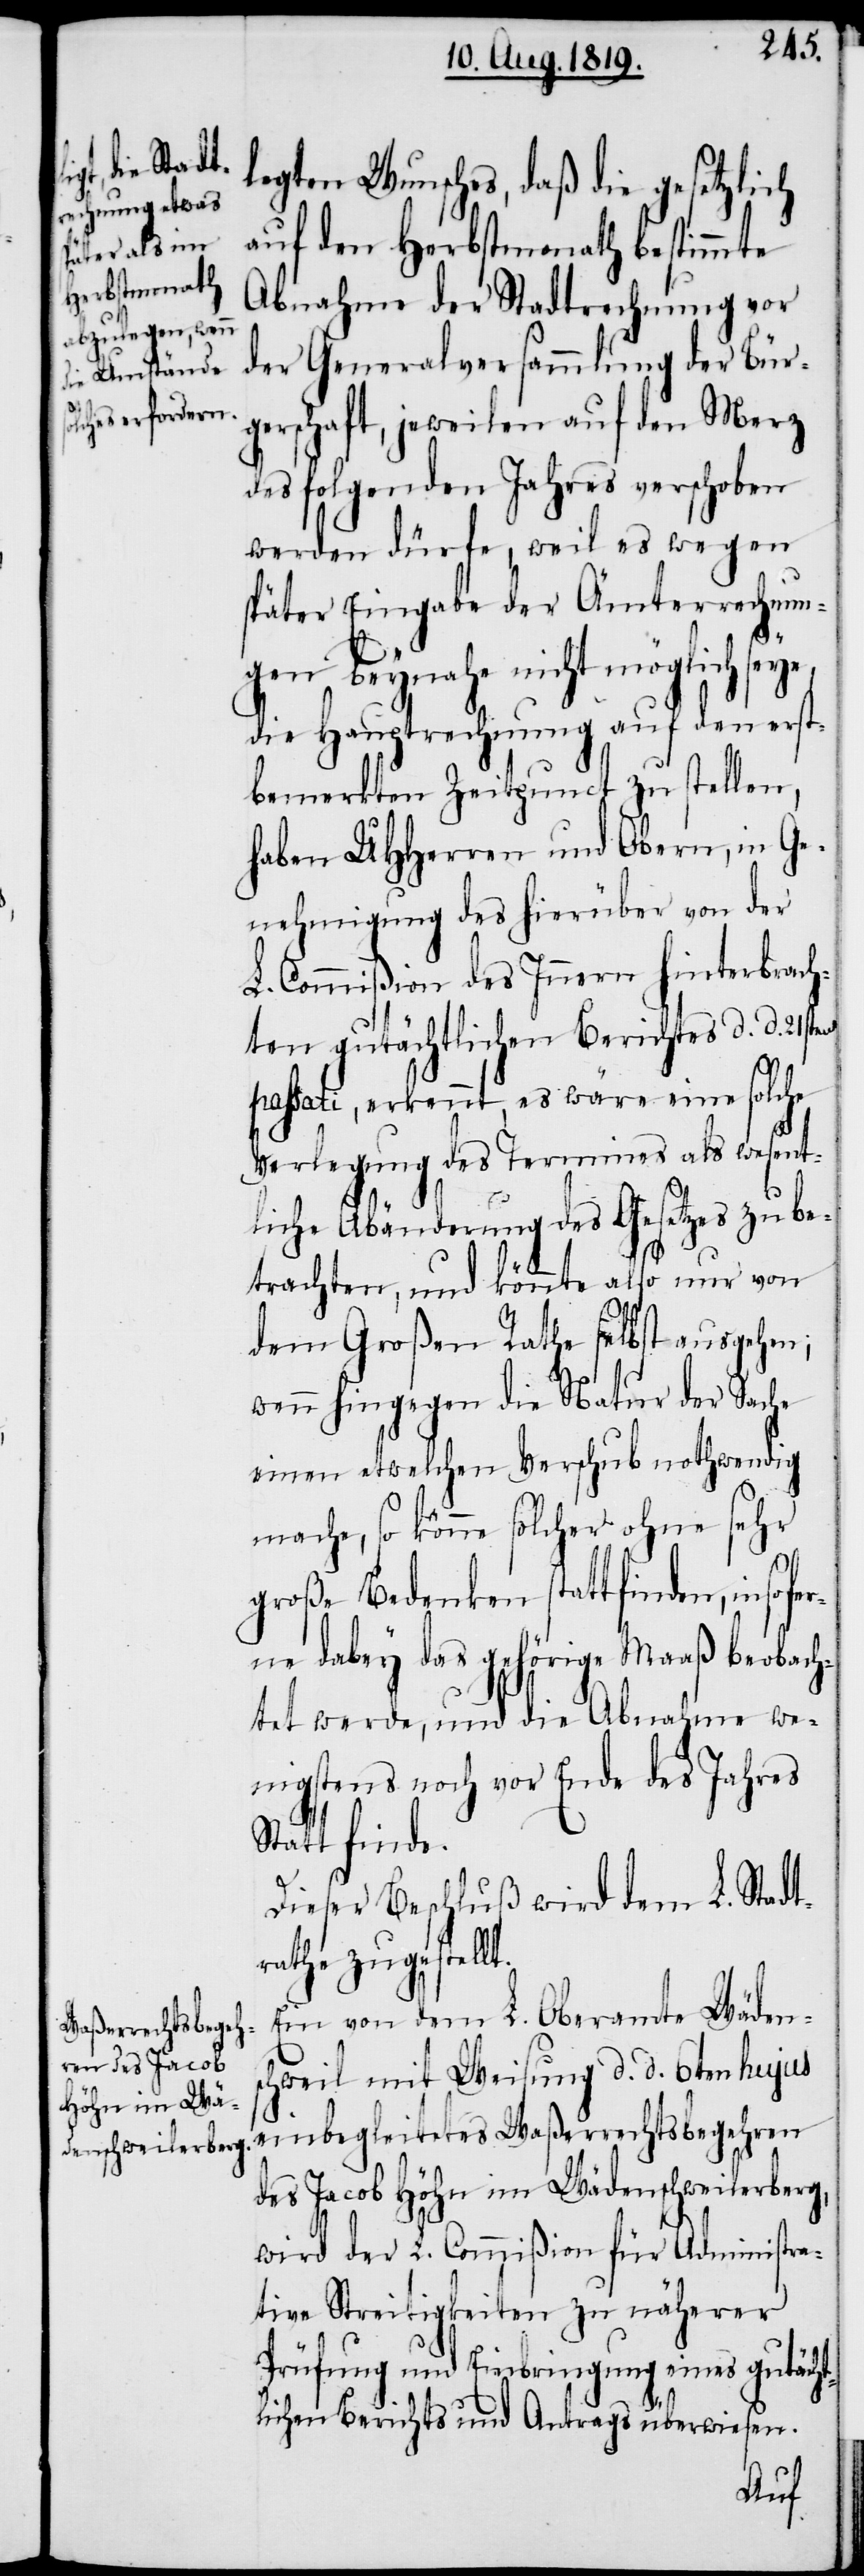
legten Wunsches, daß die gesetzlich
auf den Herbstmonath bestimmte
Abnahme der Stadtrechnung vor
der Generalversammlung der Bür¬
gerschaft, jeweilen auf den Merz
des folgenden Jahres verschoben
werden dürfe, weil es wegen
später Eingabe der Ämterrechnun¬
gen beynahe nicht möglich seye
die Hauptrechnung auf den erst¬
bemerkten Zeitpunct zu stellen,
haben UHHerren und Obern, in Ge¬
nehmigung des hierüber von der
L. Commißion des Innern hinterbrach¬
ten gutächtlichen Berichtes d. d. 21sten
passati, erkennt, es wäre eine solche
Verlegung des Termines als wesent¬
liche Abänderung des Gesetzes zu be¬
trachten, und könnte also nur von
dem Großen Rathe selbst ausgehen;
wenn hingegen die Natur der Sache
einen etwelchen Verschub nothwendig
mache, so könne solcher ohne sehr
große Bedenken stattfinden, insofe¬
rne dabey das gehörige Maaß beobach¬
tet werde, und die Abnahme we¬
nigstens noch vor Ende des Jahres
Statt finde.
Dieser Beschluß wird dem L. Stadt¬
rathe zugestellt.
Ein von dem L. Oberamte Wädens¬
chweil mit Weisung d. d. 6ten hujus
einbegleitetes Waßerrechtsbegehren
des Jacob Höhn im Wädenschweilerberg,
wird der L. Commißion für Administra¬
tive Streitigkeiten zu näherer
Prüfung und Einbringung eines gutächt¬
lichen Berichts und Antrags überwiesen.